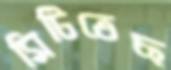
মিটিতেছ